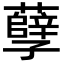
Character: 孽